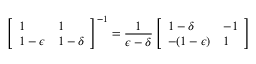
\left[ \begin{array} { l l } { 1 } & { 1 } \\ { 1 - \epsilon } & { 1 - \delta } \end{array} \right] ^ { - 1 } = \frac { 1 } { \epsilon - \delta } \left[ \begin{array} { l l } { 1 - \delta } & { - 1 } \\ { - ( 1 - \epsilon ) } & { 1 } \end{array} \right]